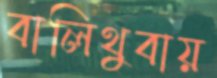
বালিথুবায়